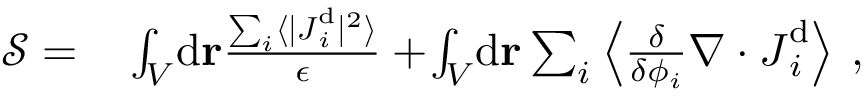
\begin{array} { r l } { \mathcal { S } = } & { { } \int _ { V } \! \mathrm { d } \mathbf { r } \frac { \sum _ { i } \langle \vert { \boldsymbol { J } } _ { i } ^ { \mathrm { d } } \vert ^ { 2 } \rangle } { \epsilon } + \! \int _ { V } \! \mathrm { d } \mathbf { r } \sum _ { i } \left\langle \frac { \delta } { \delta { \phi _ { i } } } \nabla \cdot \boldsymbol { J } _ { i } ^ { \mathrm { d } } \right\rangle \, , } \end{array}